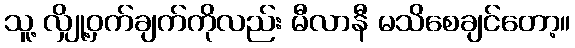
သူ့ လျှို့ဝှက်ချက်ကိုလည်း မီလာနီ မသိစေချင်တော့။